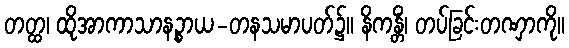
တတ္ထ၊ ထိုအာကာသာနဉ္စာယ-တနသမာပတ်၌။ နိကန္တိံ၊ တပ်ခြင်းတဏှာကို။